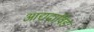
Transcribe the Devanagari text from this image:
आद्यद्राविड